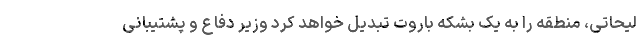
لیحاتی، منطقه را به یک بشکه باروت تبدیل خواهد کرد وزیر دفاع و پشتیبانی